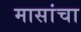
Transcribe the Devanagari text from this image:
मासांचा